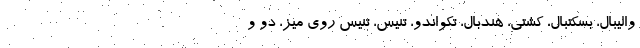
والیبال، بسکتبال، کشتی، هندبال، تکواندو، تنیس، تنیس روی میز، دو و